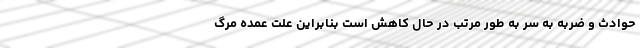
حوادث و ضربه به سر به طور مرتب در حال کاهش است بنابراین علت عمده مرگ